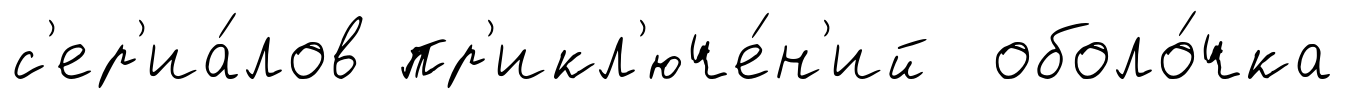
с'ер'иа́лов пр'икл'юче́н'ий оболо́чка